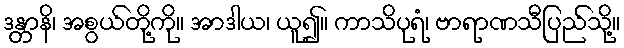
ဒန္တာနိ၊ အစွယ်တို့ကို။ အာဒါယ၊ ယူ၍။ ကာသိပုရံ၊ ဗာရာဏသီပြည်သို့။